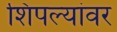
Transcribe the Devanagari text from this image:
शिंपल्यांवर